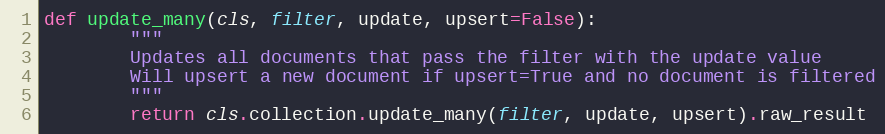
Language: Python
def update_many(cls, filter, update, upsert=False):
        """
        Updates all documents that pass the filter with the update value
        Will upsert a new document if upsert=True and no document is filtered
        """
        return cls.collection.update_many(filter, update, upsert).raw_result